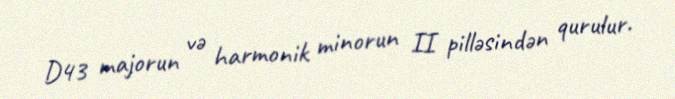
D43 majorun və harmonik minorun II pilləsindən qurulur.